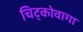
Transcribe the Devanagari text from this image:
चिट्कोवागा